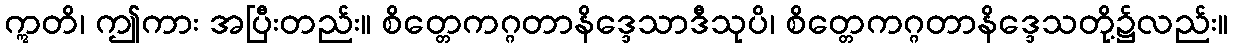
ဣတိ၊ ဤကား အပြီးတည်း။ စိတ္တေကဂ္ဂတာနိဒ္ဒေသာဒီသုပိ၊ စိတ္တေကဂ္ဂတာနိဒ္ဒေသတို့၌လည်း။